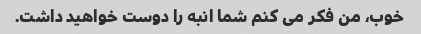
خوب، من فکر می کنم شما انبه را دوست خواهید داشت.